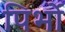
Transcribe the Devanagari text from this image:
पिर्भो